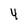
Character: 4